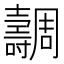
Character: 𡕐